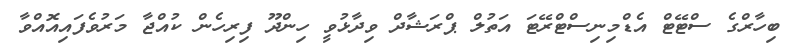
ބިހާރްގެ ސްޓޭޓް އެޑްމިނިސްޓްރޭޓަ އަތުލް ޕްރަޝާދް ވިދާޅުވީ ހިންދޫ ފިރިހެން ކުއްޖާ މަރުވެފައިއޮއްވާ